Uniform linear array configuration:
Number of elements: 24
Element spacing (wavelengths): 1
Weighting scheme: cosine
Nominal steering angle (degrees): -15
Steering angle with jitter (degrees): -16.35
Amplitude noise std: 0.05
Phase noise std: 0.05

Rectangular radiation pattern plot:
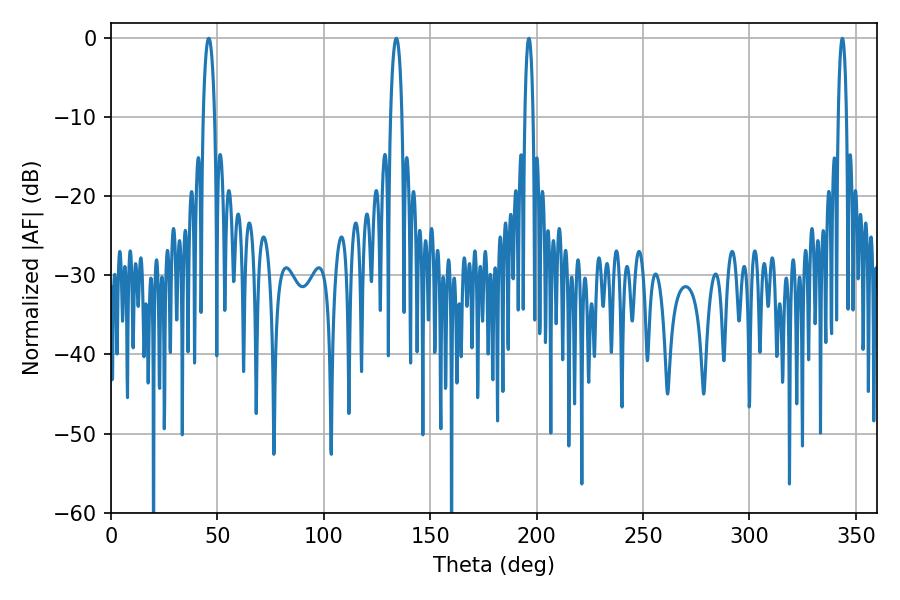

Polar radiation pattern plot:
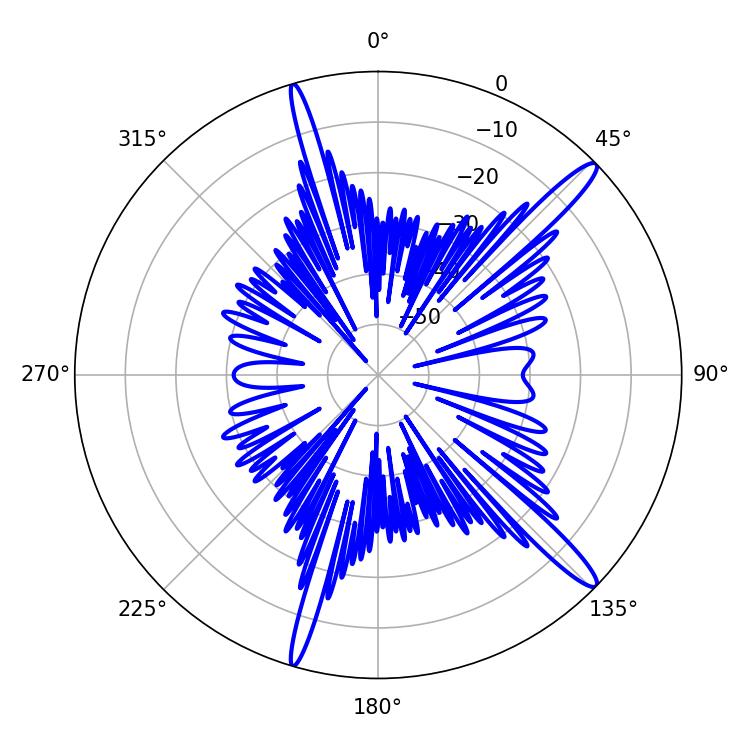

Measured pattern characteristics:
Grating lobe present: TRUE
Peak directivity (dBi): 15.087
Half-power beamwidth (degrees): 3.06
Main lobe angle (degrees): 45.9